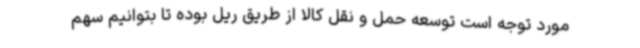
مورد توجه است توسعه حمل و نقل کالا از طریق ریل بوده تا بتوانیم سهم